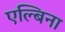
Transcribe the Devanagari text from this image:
एल्बिना